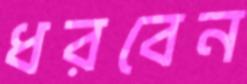
ধরবেন